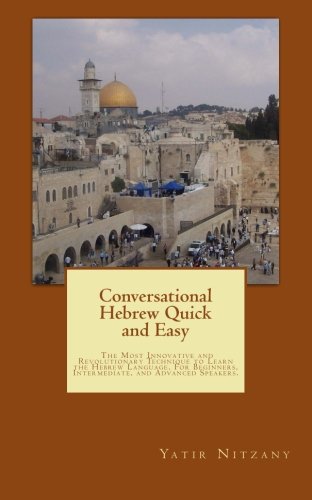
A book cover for Conversational Hebrew Quick and Easy: The Most Innovative and Revolutionary Technique to Learn the Hebrew Language. For Beginners, Intermediate, and Advanced Speakers (Hebrew Edition); Yatir Nitzany; Travel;